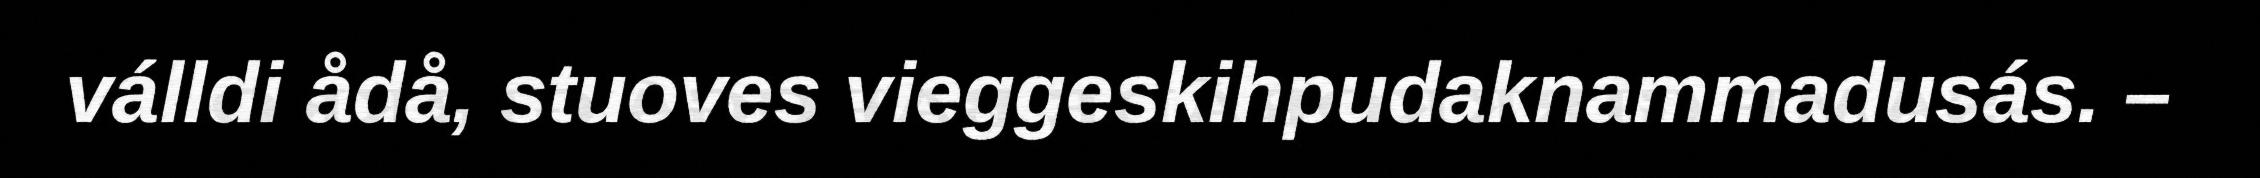
válldi ådå, stuoves vieggeskihpudaknammadusás. –